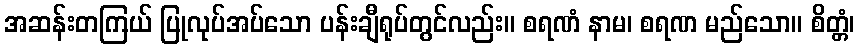
အဆန်းတကြယ် ပြုလုပ်အပ်သော ပန်းချီရုပ်တွင်လည်း။ စရဏံ နာမ၊ စရဏ မည်သော။ စိတ္တံ၊